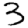
Digit: 3